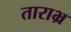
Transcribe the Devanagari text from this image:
ताराभ्र